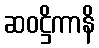
ဆဝဋ္ဌိကာနိ